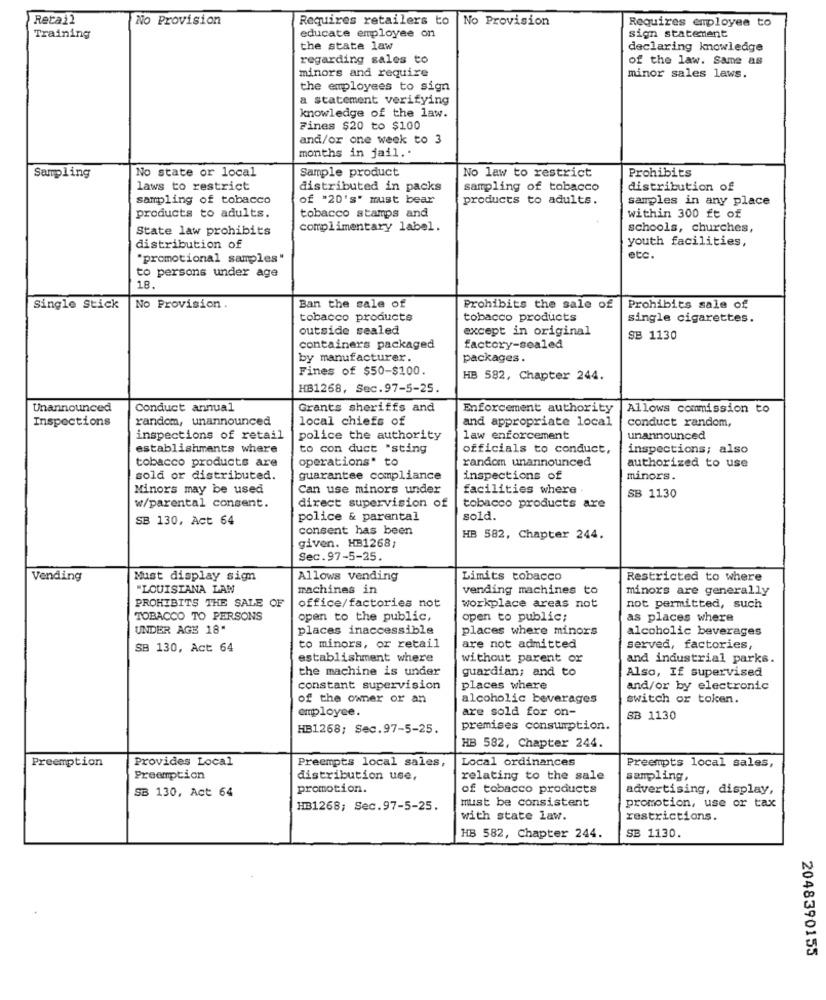
Retail
No Provision
Requires retailers to
No Provision
Requires employee to
educate employee on
sign statement
Training
the state law
declaring knowledge
regarding sales to
of the law. Same as
minors and require
minor sales laws.
the employees to sign
a statement verifying
knowledge of the law.
Fines $20 to $100
and/or one week to 3
months in jail ..
No state or local
Sample product
No law to restrict
Sampling
Prohibits
laws to restrict
distributed in packs
sampling of tobacco
distribution of
sampling of tobacco
of "20's" must bear
products to adults.
samples in any place
products to adults.
tobacco stamps and
within 300 ft of
State law prohibits
complimentary label.
schools, churches,
youth facilities,
distribution of
"promotional samples"
etc.
to persons under age
18.
Single Stick
No Provision .
Ban the sale of
Prohibits the sale of
Prohibits sale of
tobacco products
tobacco products
single cigarettes.
outside sealed
except in original
SB 1130
containers packaged
factory-sealed
by manufacturer.
packages.
Fines of $50-$100.
HB 582, Chapter 244.
HB1268, Sec.97-5-25.
Unannounced
Conduct annual
Grants sheriffs and
Enforcement authority
Allows commission to
Inspections
random, unannounced
local chiefs of
and appropriate local
conduct random,
inspections of retail
police the authority
law enforcement
unannounced
establishments where
to con duct "sting
officials to conduct,
inspections; also
tobacco products are
operations" to
random unannounced
authorized to use
sold or distributed.
guarantee compliance
inspections of
minors.
Minors may be used
Can use minors under
facilities where
SB 1130
w/parental consent.
direct supervision of
tobacco products are
SB 130, Act 64
police & parental
sold.
consent has been
given. HB1268;
HB 582, Chapter 244.
Sec.97-5-25.
Vending
Must display sign
Allows vending
Limits tobacco
Restricted to where
"LOUISIANA LAN
machines in
vending machines to
minors are generally
PROHIBITS THE SALE OF
office/factories not
workplace areas not
not permitted, such
TOBACCO TO PERSONS
open to the public,
open to public;
as places where
UNDER AGE 18"
places inaccessible
places where minors
alcoholic beverages
SB 130, Act 64
to minors, or retail
are not admitted
served, factories,
establishment where
without parent or
and industrial parks.
the machine is under
guardian; and to
Also, If supervised
constant supervision
places where
and/or by electronic
of the owner or an
alcoholic beverages
switch or token.
employee.
are sold for on-
SB 1130
HB1268; Sec.97-5-25.
premises consumption.
HB 582, Chapter 244.
Preemption
Provides Local
Preempts local sales,
Local ordinances
Preempts local sales,
Preemption
distribution use,
relating to the sale
sampling
SB 130, Act 64
promotion.
of tobacco products
advertising, display,
must be consistent
HB1268; Sec.97-5-25.
promotion, use or tax
with state law.
restrictions.
HB 582, Chapter 244.
SB 1130.
2048390155